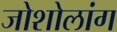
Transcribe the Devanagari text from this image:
जोशोलांग